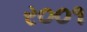
ર૦૦૧